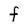
Character: F